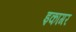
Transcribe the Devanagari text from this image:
इकागर